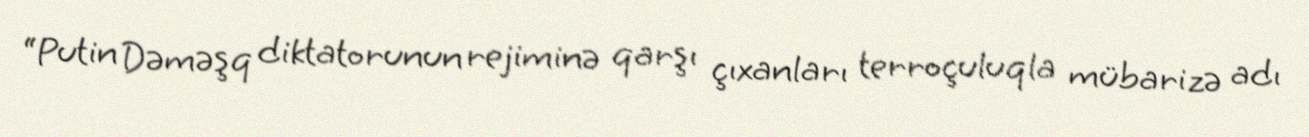
“Putin Dəməşq diktatorunun rejiminə qarşı çıxanları terroçuluqla mübarizə adı